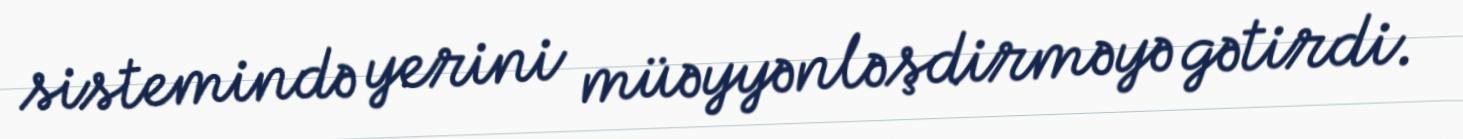
sistemində yerini müəyyənləşdirməyə gətirdi.